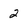
Character: 2